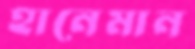
হানেমান